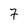
Character: 7